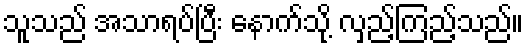
သူသည် အသာရပ်ပြီး နောက်သို့ လှည့်ကြည့်သည်။